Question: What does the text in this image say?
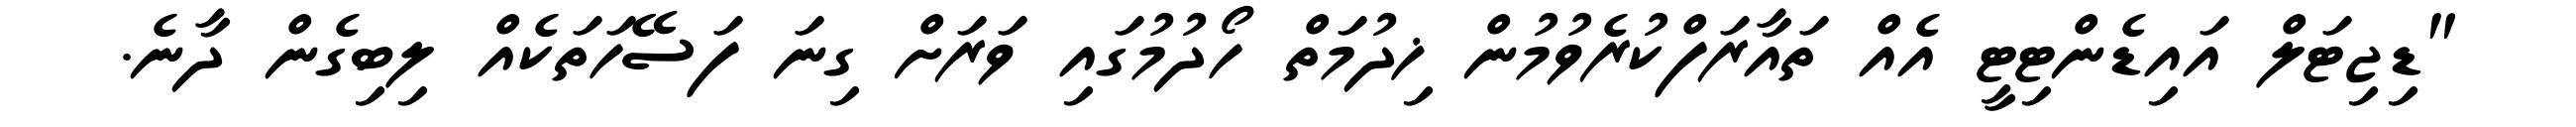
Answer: "ޑިޖިޓަލް އައިޑެންޓިޓީ އެއް ތައާރަފްކުރެވުމުން ޚިދުމަތް ހޯދުމުގައި ވަރަށް ގިނަ ފަސޭހަތަކެއް ލިބިގެން ދާނެ.